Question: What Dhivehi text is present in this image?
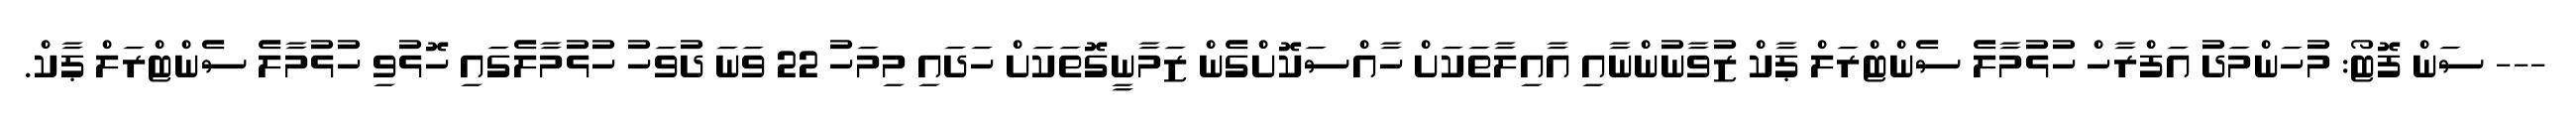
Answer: --- ސަން ފޮޓޯ: މުހަންމަދު އަފްރާހް ހުޅުމާލެ ސެންޓްރަލް ޕާކް ޒުވާނުންނާއި އާއިލާތަކަށް ހާއްސަކޮށްގެން ޒަމާނީގޮތަކަށް ހަދައި މިމަހު 22 ވަނަ ދުވަހު ހުޅުމާލެގައި ހޮޅުވި ހުޅުމާލެ ސެންޓްރަލް ޕާކް.